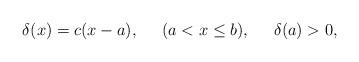
LaTeX: \begin{align*}\delta(x) = c(x-a),\;\;\;\;\;(a<x\leq b), \;\;\;\;\;\delta(a)>0,\end{align*}